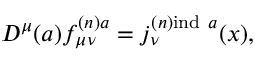
D ^ { \mu } ( a ) f _ { \mu \nu } ^ { ( n ) a } = j _ { \nu } ^ { ( n ) \mathrm { i n d } \ a } ( x ) ,